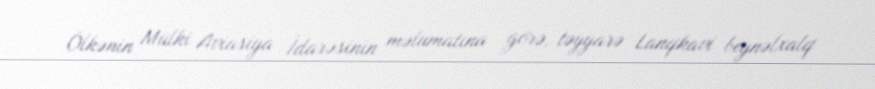
Ölkənin Mülki Aviasiya İdarəsinin məlumatına görə, təyyarə Lanqkavi beynəlxalq